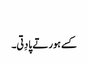
‏
کسے ہور تے پا دِتی۔